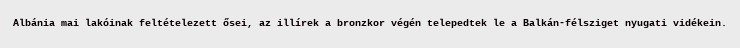
Albánia mai lakóinak feltételezett ősei, az illírek a bronzkor végén telepedtek le a Balkán-félsziget nyugati vidékein.